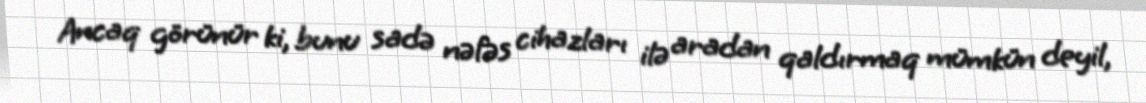
Ancaq görünür ki, bunu sadə nəfəs cihazları ilə aradan qaldırmaq mümkün deyil,